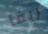
ريفا